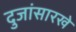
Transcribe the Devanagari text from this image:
दुजांसारखे